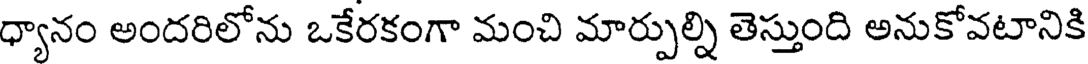
ధ్యానం అందరిలోను ఒకేరకంగా మంచి మార్పుల్ని తెస్తుంది అనుకోవటానికి